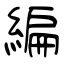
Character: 編